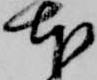
本